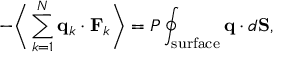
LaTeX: - { \biggl \langle } \sum _ { k = 1 } ^ { N } \mathbf { q } _ { k } \cdot \mathbf { F } _ { k } { \biggr \rangle } = P \oint _ { \mathrm { s u r f a c e } } \mathbf { q } \cdot d \mathbf { S } ,